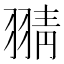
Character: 𦑊